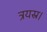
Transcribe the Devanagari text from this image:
त्रयस्र।